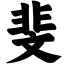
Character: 斐